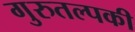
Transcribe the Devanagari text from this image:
गुरुतल्पकी